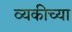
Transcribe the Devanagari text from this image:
व्यकीच्या